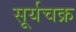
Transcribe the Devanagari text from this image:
सूर्यचक्र